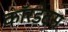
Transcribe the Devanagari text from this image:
कॉरडेटस